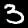
Digit: 3